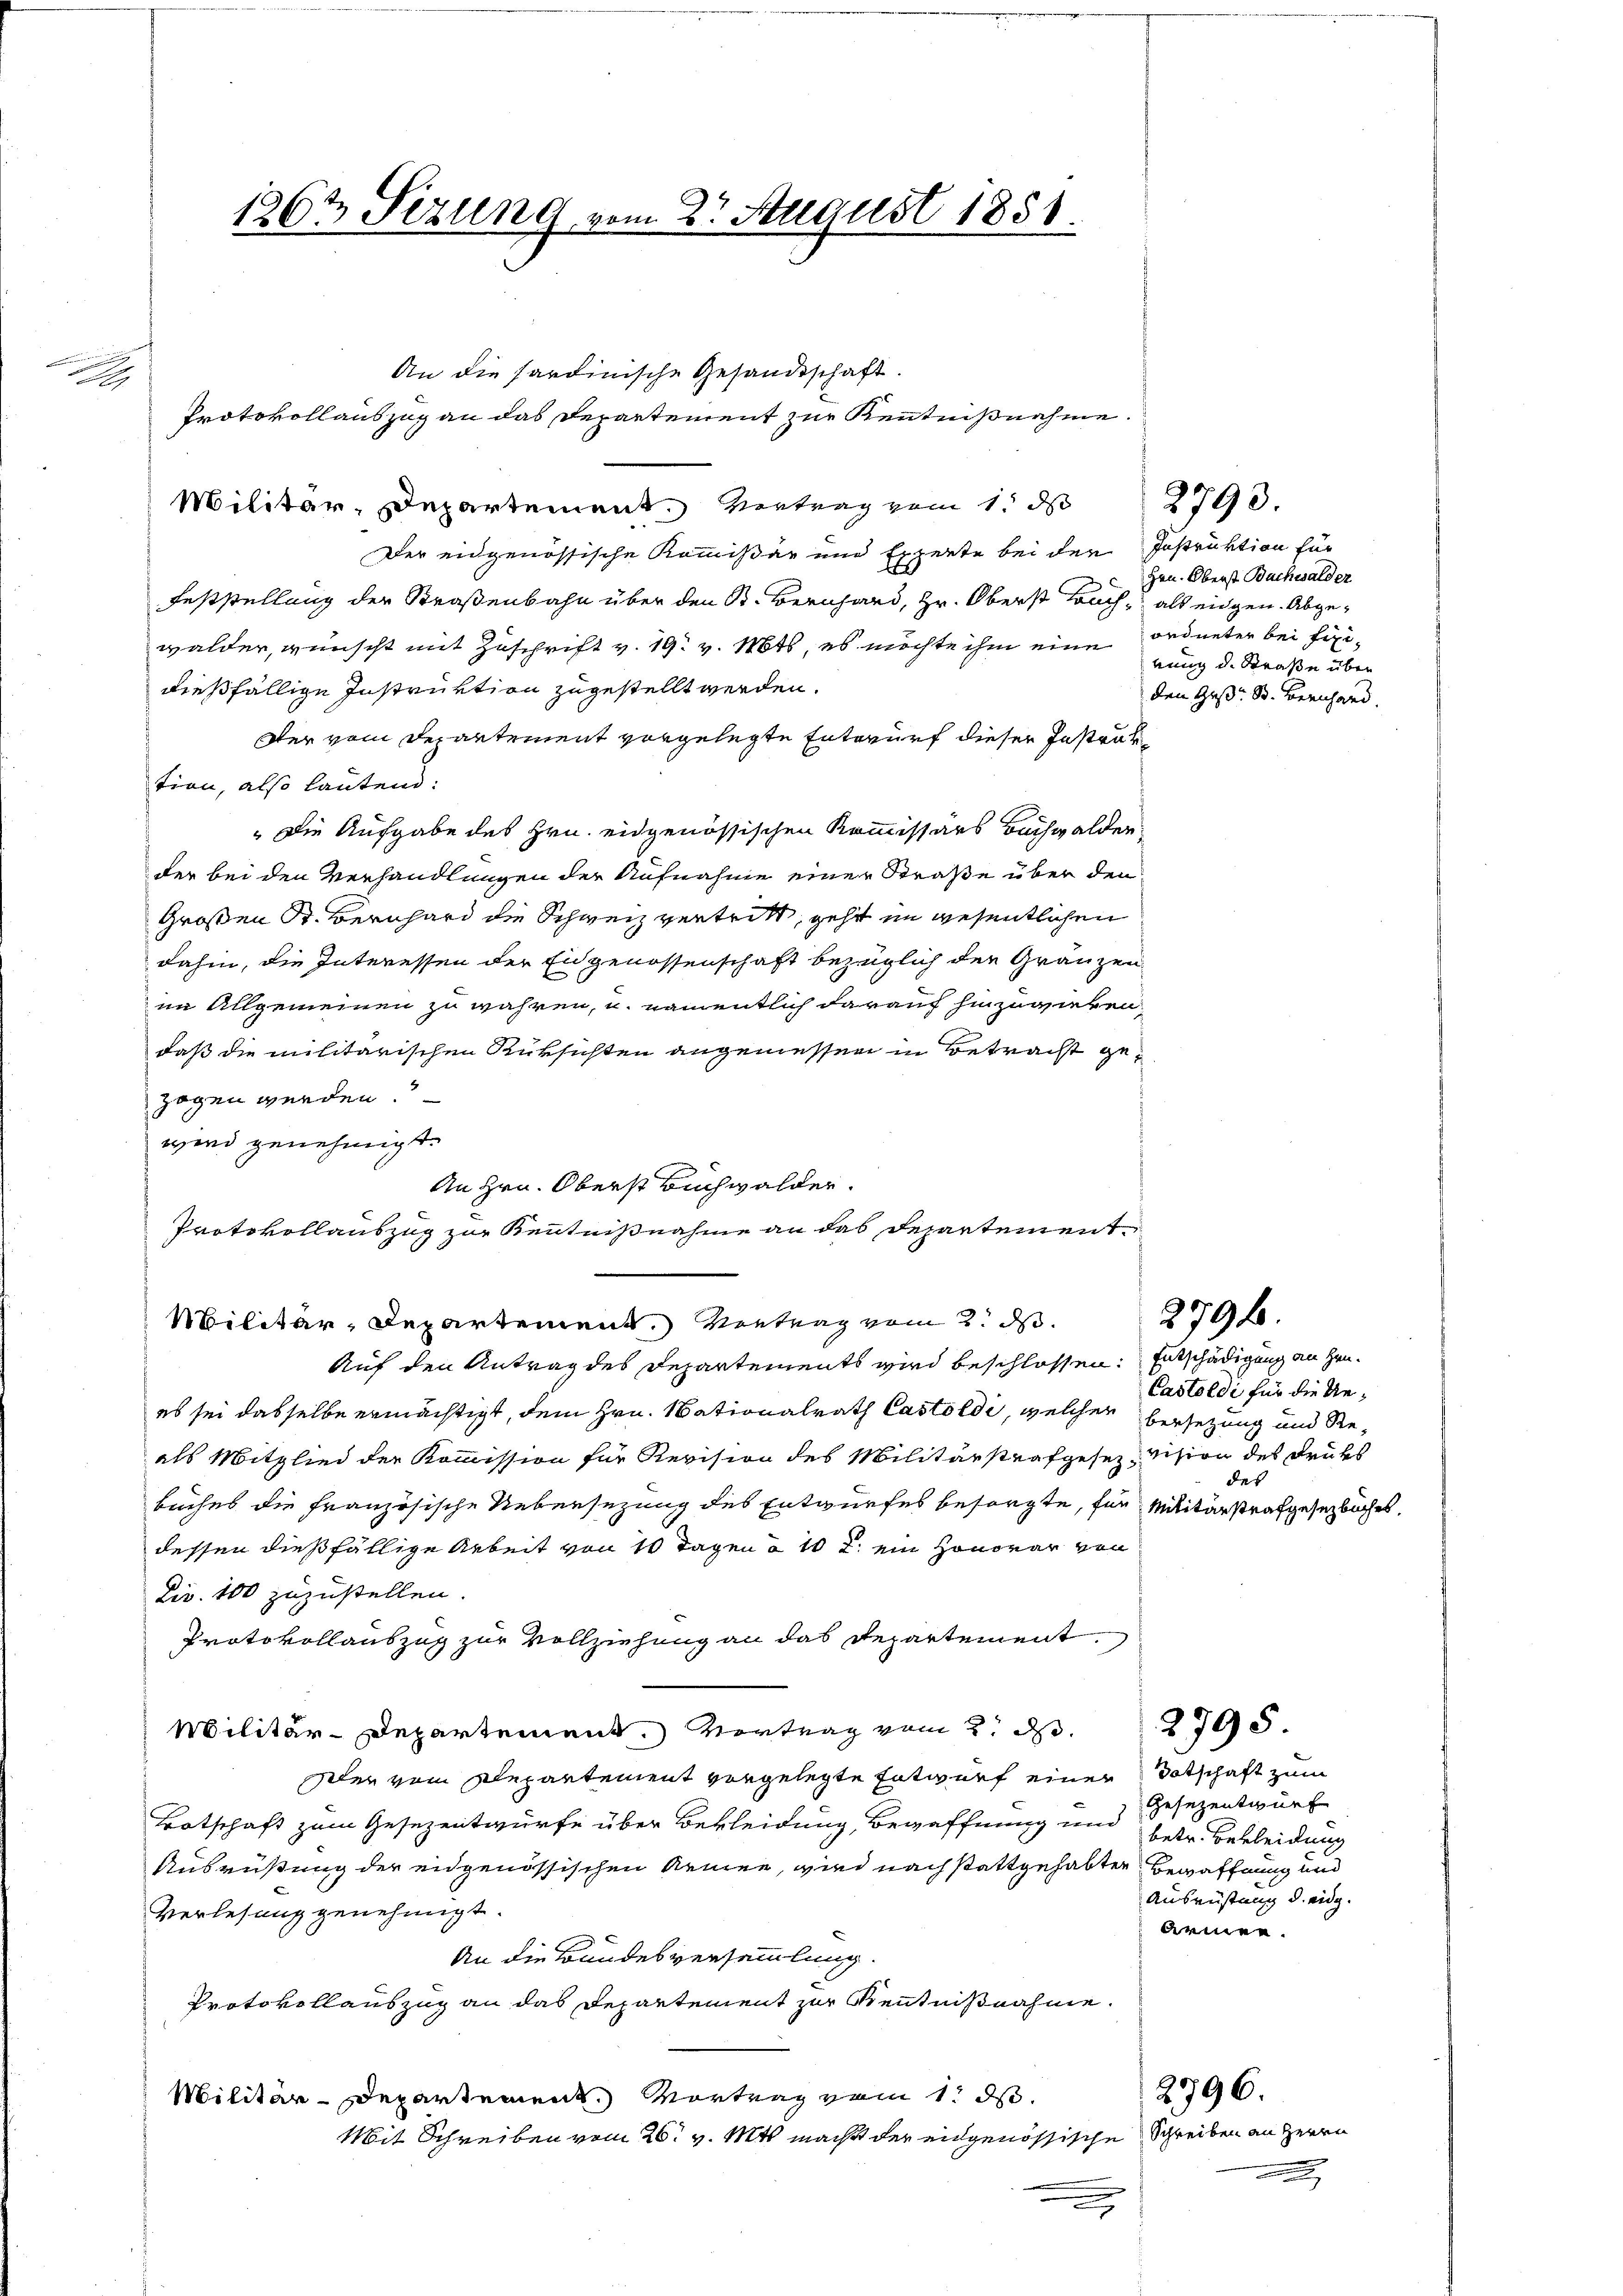
g

An die sardinische Gesandtschaft.
Protokollauszug an das Departement zur Kenntnißnahme.
Militär, Departement. Vertrag vom 1. d
Der eidgenössische Kommißär und Experte bei der
Feststellung der Straßenbahn über den B. Bernhard, Hr. Oberst Buch, als eidgen. Abgewalder, wünscht mit Zuschrift v. 19. v. Mts, es möchte ihm eine ordneter bei Feidießfällige Instruktion zugestellt werden.
Der vom Departement vorgelegte Entwurf dieser Instruk
tion, also lautend:
Die Aufgabe des Hrn. eidgenössischen Kommissärs Buchwalden,
der bei den Verhandlungen der Aufnahme einer Straße über den
Großen St. Bernhard die Schweiz vertritt, geht im wesentlichen
dahin, die Interessen der Eidgenossenschaft bezüglich den Gränzen
im Allgemeinen zu währen, u. namentlich darauf hinzuwieken
daß die militarischen Rüksichten angemessen in Betracht gezogen werden.
wird genehmigt.
An Hrn. Oberst Buchwalder.
Protokollauszug zur Kenntnißnahme an das Departement
Militär-Departement. Vortrag vom 2. ds.
Auf den Antrag des Departements wird beschlossen: Entschädigung an Heu-
es sei dasselbe ermächtigt, dem Hrn. Nationalrath Castoldi, welcher versezung und Reals Mitglied der Kommission für Revision des Militärstrafgesez vision des Druks
buches die französische Uebersezung des Entwurfes besorgte, für Militärstrafgesetzbuches,
dessen dießfällige Arbeit von 10 Tagen § 10 t. ein Honorar von
Div. 100 zuzustellen.
Protokollauszug zur Vollziehung an das Departement.
Militär-Departement. Vortrag vom 2. d. 1795.
dler vom Departement vorgelegte Entwurf einer Totschaft zum
Botschaft zum Gesezentwürfe über Bekleidung, Bewaffnung und betr. Bekleidung
Ausrüstung der eidgenössischen Aemine, wird nach stattgehabten Bewaffnung und
Verlesung genehmigt.
An die Bundesversammlung.
Protokollauszug an das Departement zur Kenntnißnahme.
Militär-Departement. Vortrag vom 1. ds.
Mit Schreiben vom 26. v. Mts. macht der eingenössische Schreiben an Herrn
u
.

1362 Sezung vom 2t August 1851.

Instruktion für
Hrn. Oberst Bachwalder
nung d. Straße über
den Ges. S. Bernhard.

2793.

Castoldi für die Uedes

2794.

Gesezentwurf
Ausrüstung d. eidg.
dreien.

2796.

2